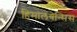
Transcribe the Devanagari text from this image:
हिमालयेन्सिस